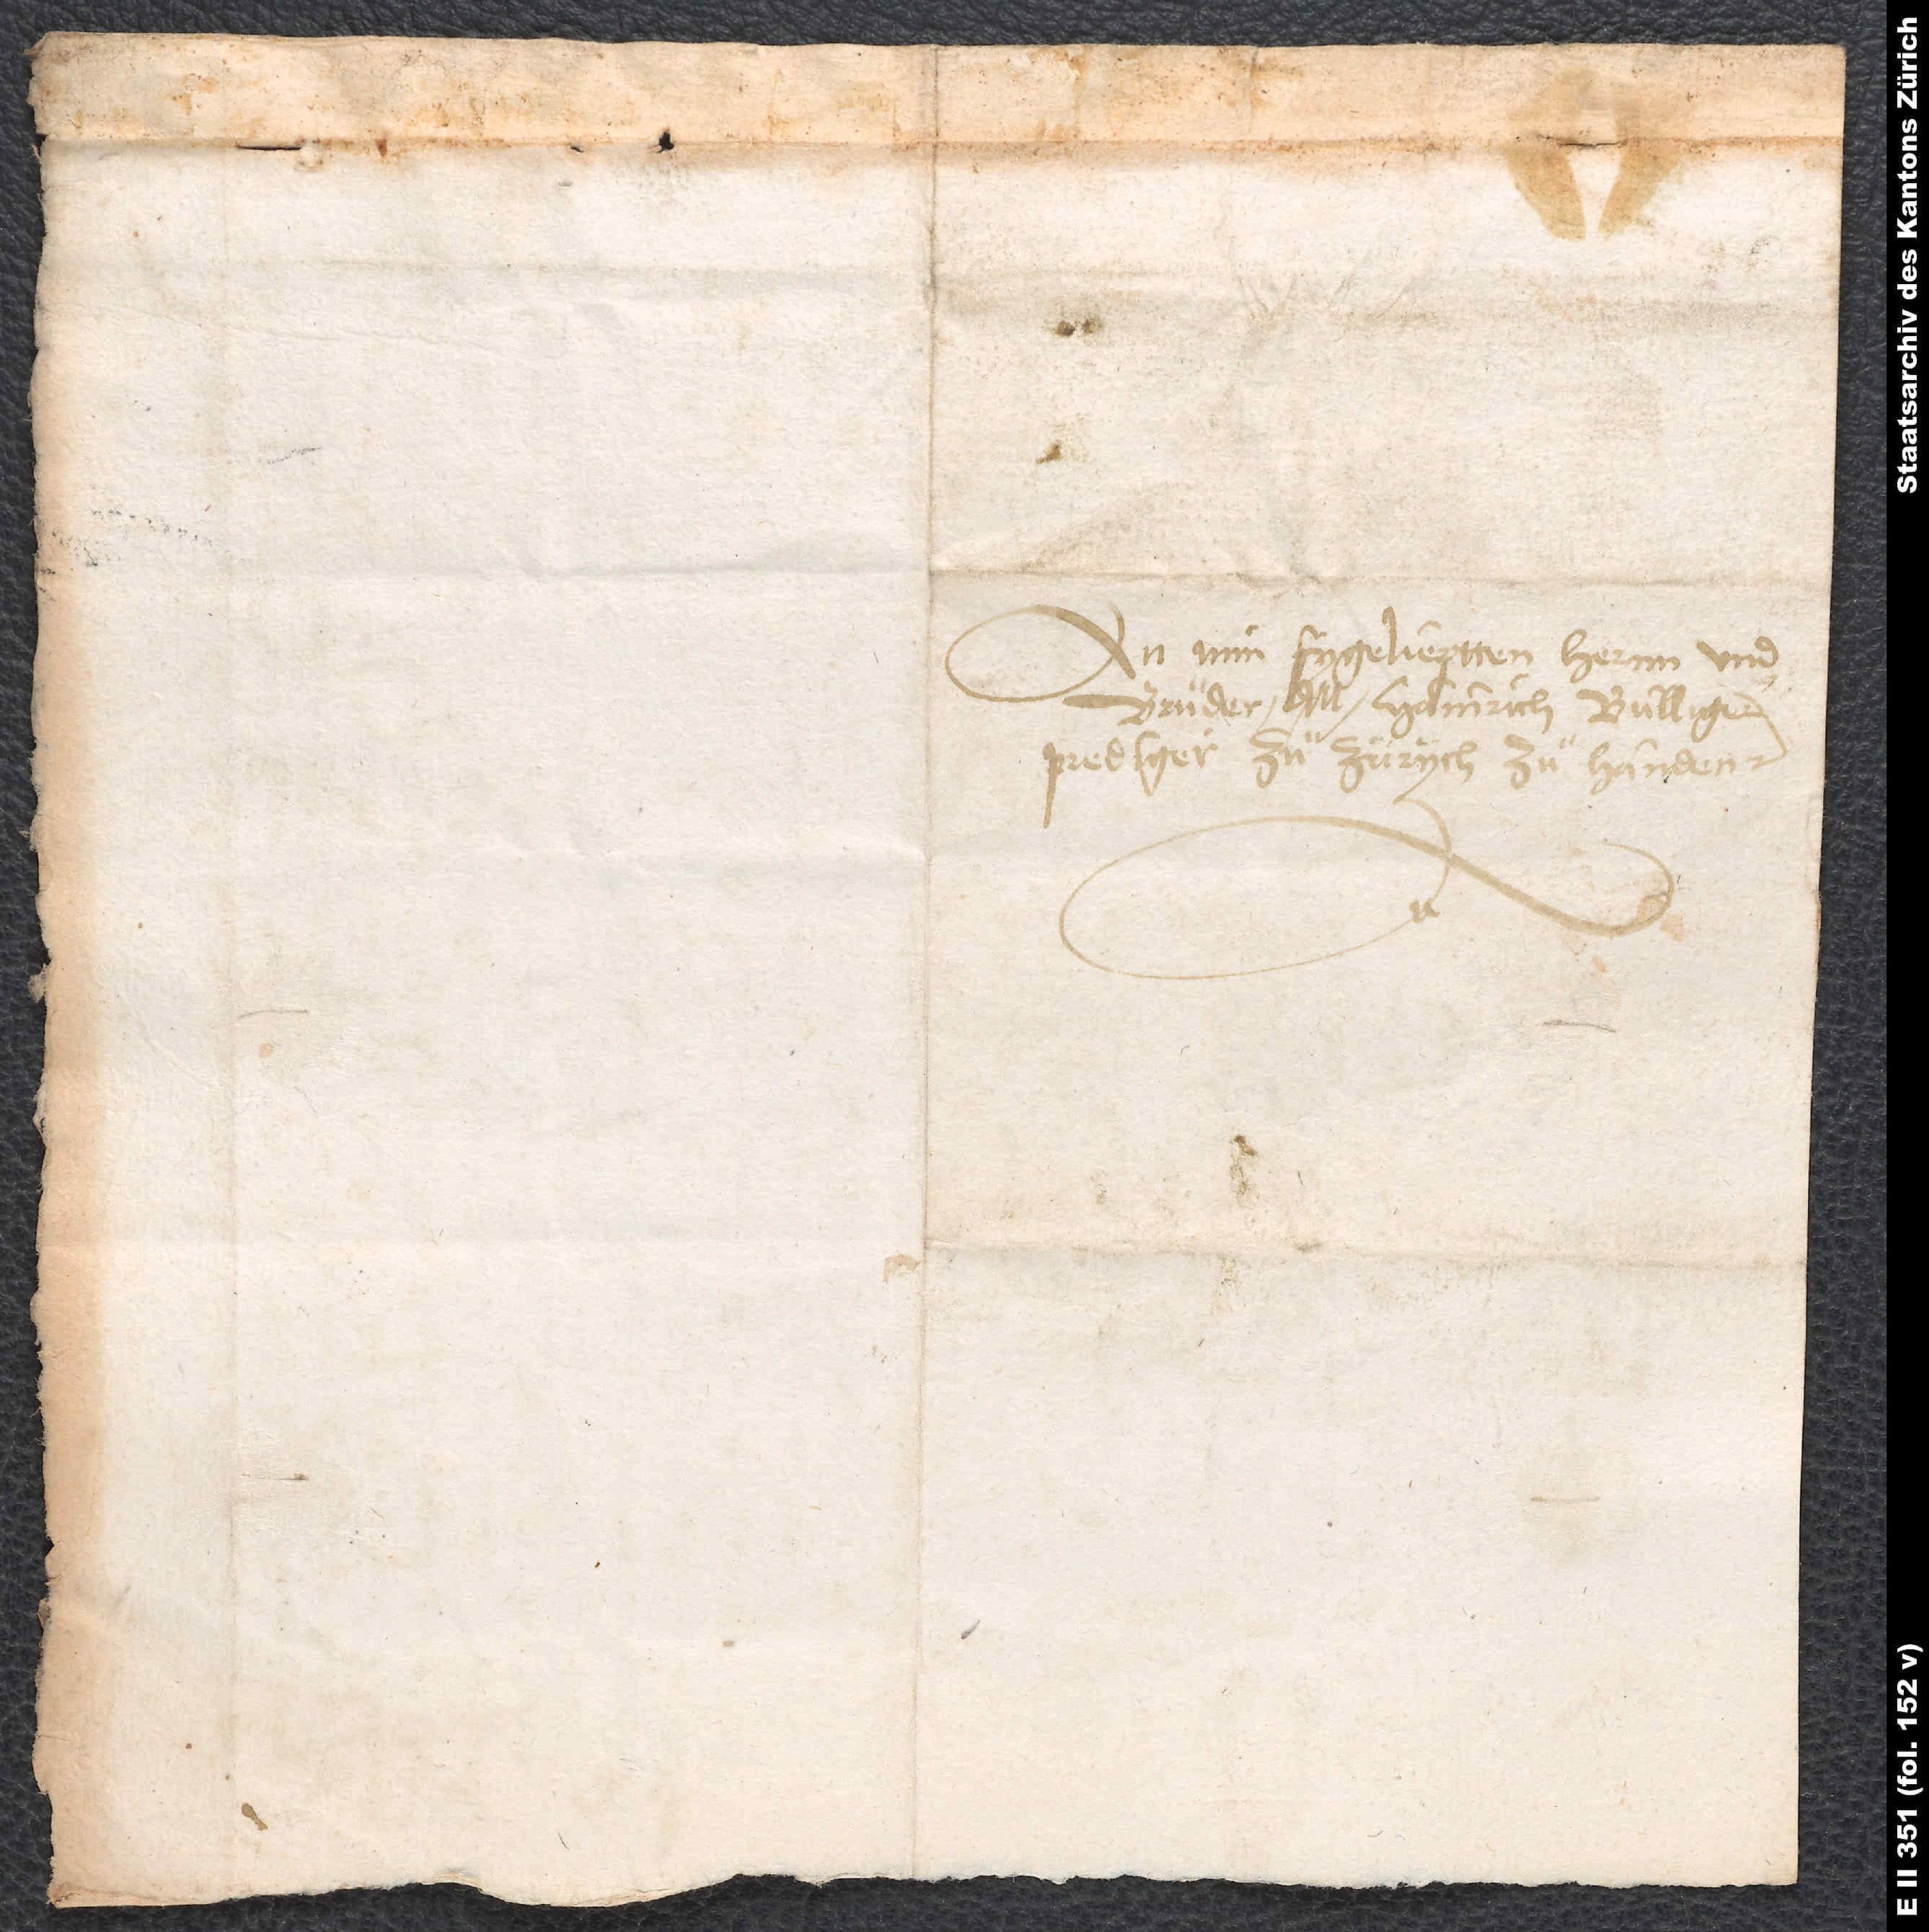
An min fygelieptten hernn und
bruͦder M. Hainrich Bulligem,
prediger zuͦ Zürych, zuͦ handen.